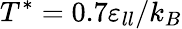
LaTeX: T^{*}=0.7\varepsilon_{ll}/k_{B}